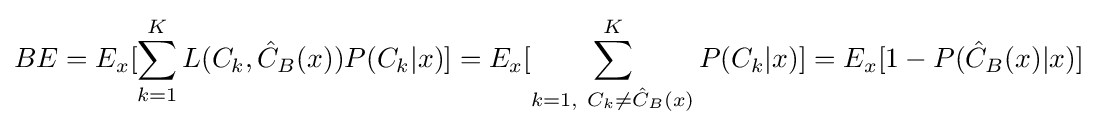
BE=E_{x}[\sum _{k=1}^{K}L(C_{k},{\hat {C}}_{B}(x))P(C_{k}|x)]=E_{x}[\sum _{k=1,\ C_{k}\neq {\hat {C}}_{B}(x)}^{K}P(C_{k}|x)]=E_{x}[1-P({\hat {C}}_{B}(x)|x)]